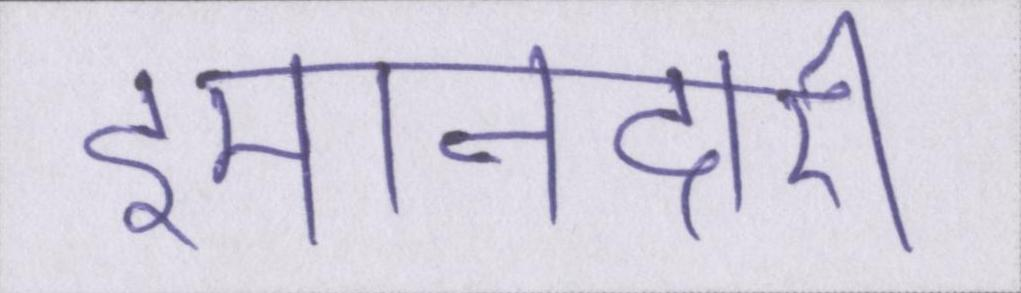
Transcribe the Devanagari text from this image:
इमानदारी